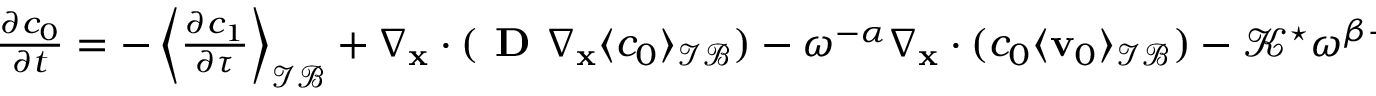
\begin{array} { r } { \frac { \partial c _ { 0 } } { \partial t } = - \left\langle \frac { \partial c _ { 1 } } { \partial \tau } \right\rangle _ { \mathcal { I B } } + \nabla _ { \mathbf x } \cdot ( \textbf { D } \nabla _ { \mathbf x } \langle c _ { 0 } \rangle _ { \mathcal { I B } } ) - \omega ^ { - \alpha } \nabla _ { \mathbf x } \cdot ( c _ { 0 } \langle \mathbf v _ { 0 } \rangle _ { \mathcal { I B } } ) - \mathcal { K } ^ { \star } \omega ^ { \beta - \gamma } ( c _ { 0 } ^ { a } - 1 ) , } \end{array}